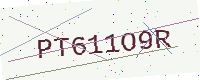
Text: PT611O9R